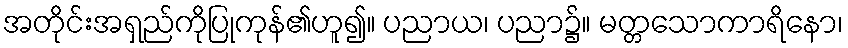
အတိုင်းအရှည်ကိုပြုကုန်၏ဟူ၍။ ပညာယ၊ ပညာ၌။ မတ္တသောကာရိနော၊